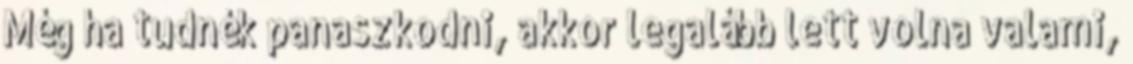
Még ha tudnék panaszkodni, akkor legalább lett volna valami,